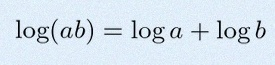
\log(ab)=\log a+\log b